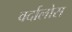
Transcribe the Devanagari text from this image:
वर्दालोस